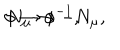
\phi \rightarrow \phi ^ { - 1 } , \hspace { 5 m m } N _ { \mu } \rightarrow - N _ { \mu } ,